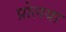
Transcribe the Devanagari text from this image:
प्रोलया